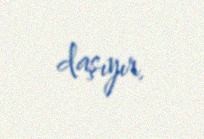
daşıyır.